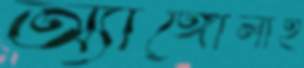
অ্যাঙ্গোলাই